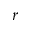
r